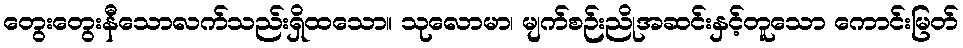
တွေးတွေးနီသောလက်သည်းရှိထသော။ သုလောမာ၊ မျက်စဉ်းညိုအဆင်းနှင့်တူသော ကောင်းမြတ်